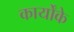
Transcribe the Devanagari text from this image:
कार्योंके